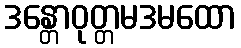
ဒန္တောဝုတ္တမဒမထော